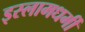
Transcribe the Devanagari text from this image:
इस्लामधर्मी